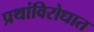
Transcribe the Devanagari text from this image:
प्रथांविरोधात